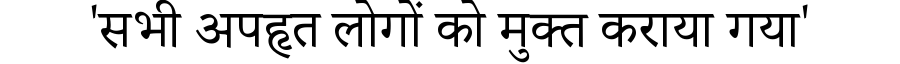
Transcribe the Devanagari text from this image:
'सभी अपहृत लोगों को मुक्त कराया गया'